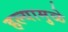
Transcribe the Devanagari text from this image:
हल्यामुळे